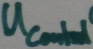
Text: UControl